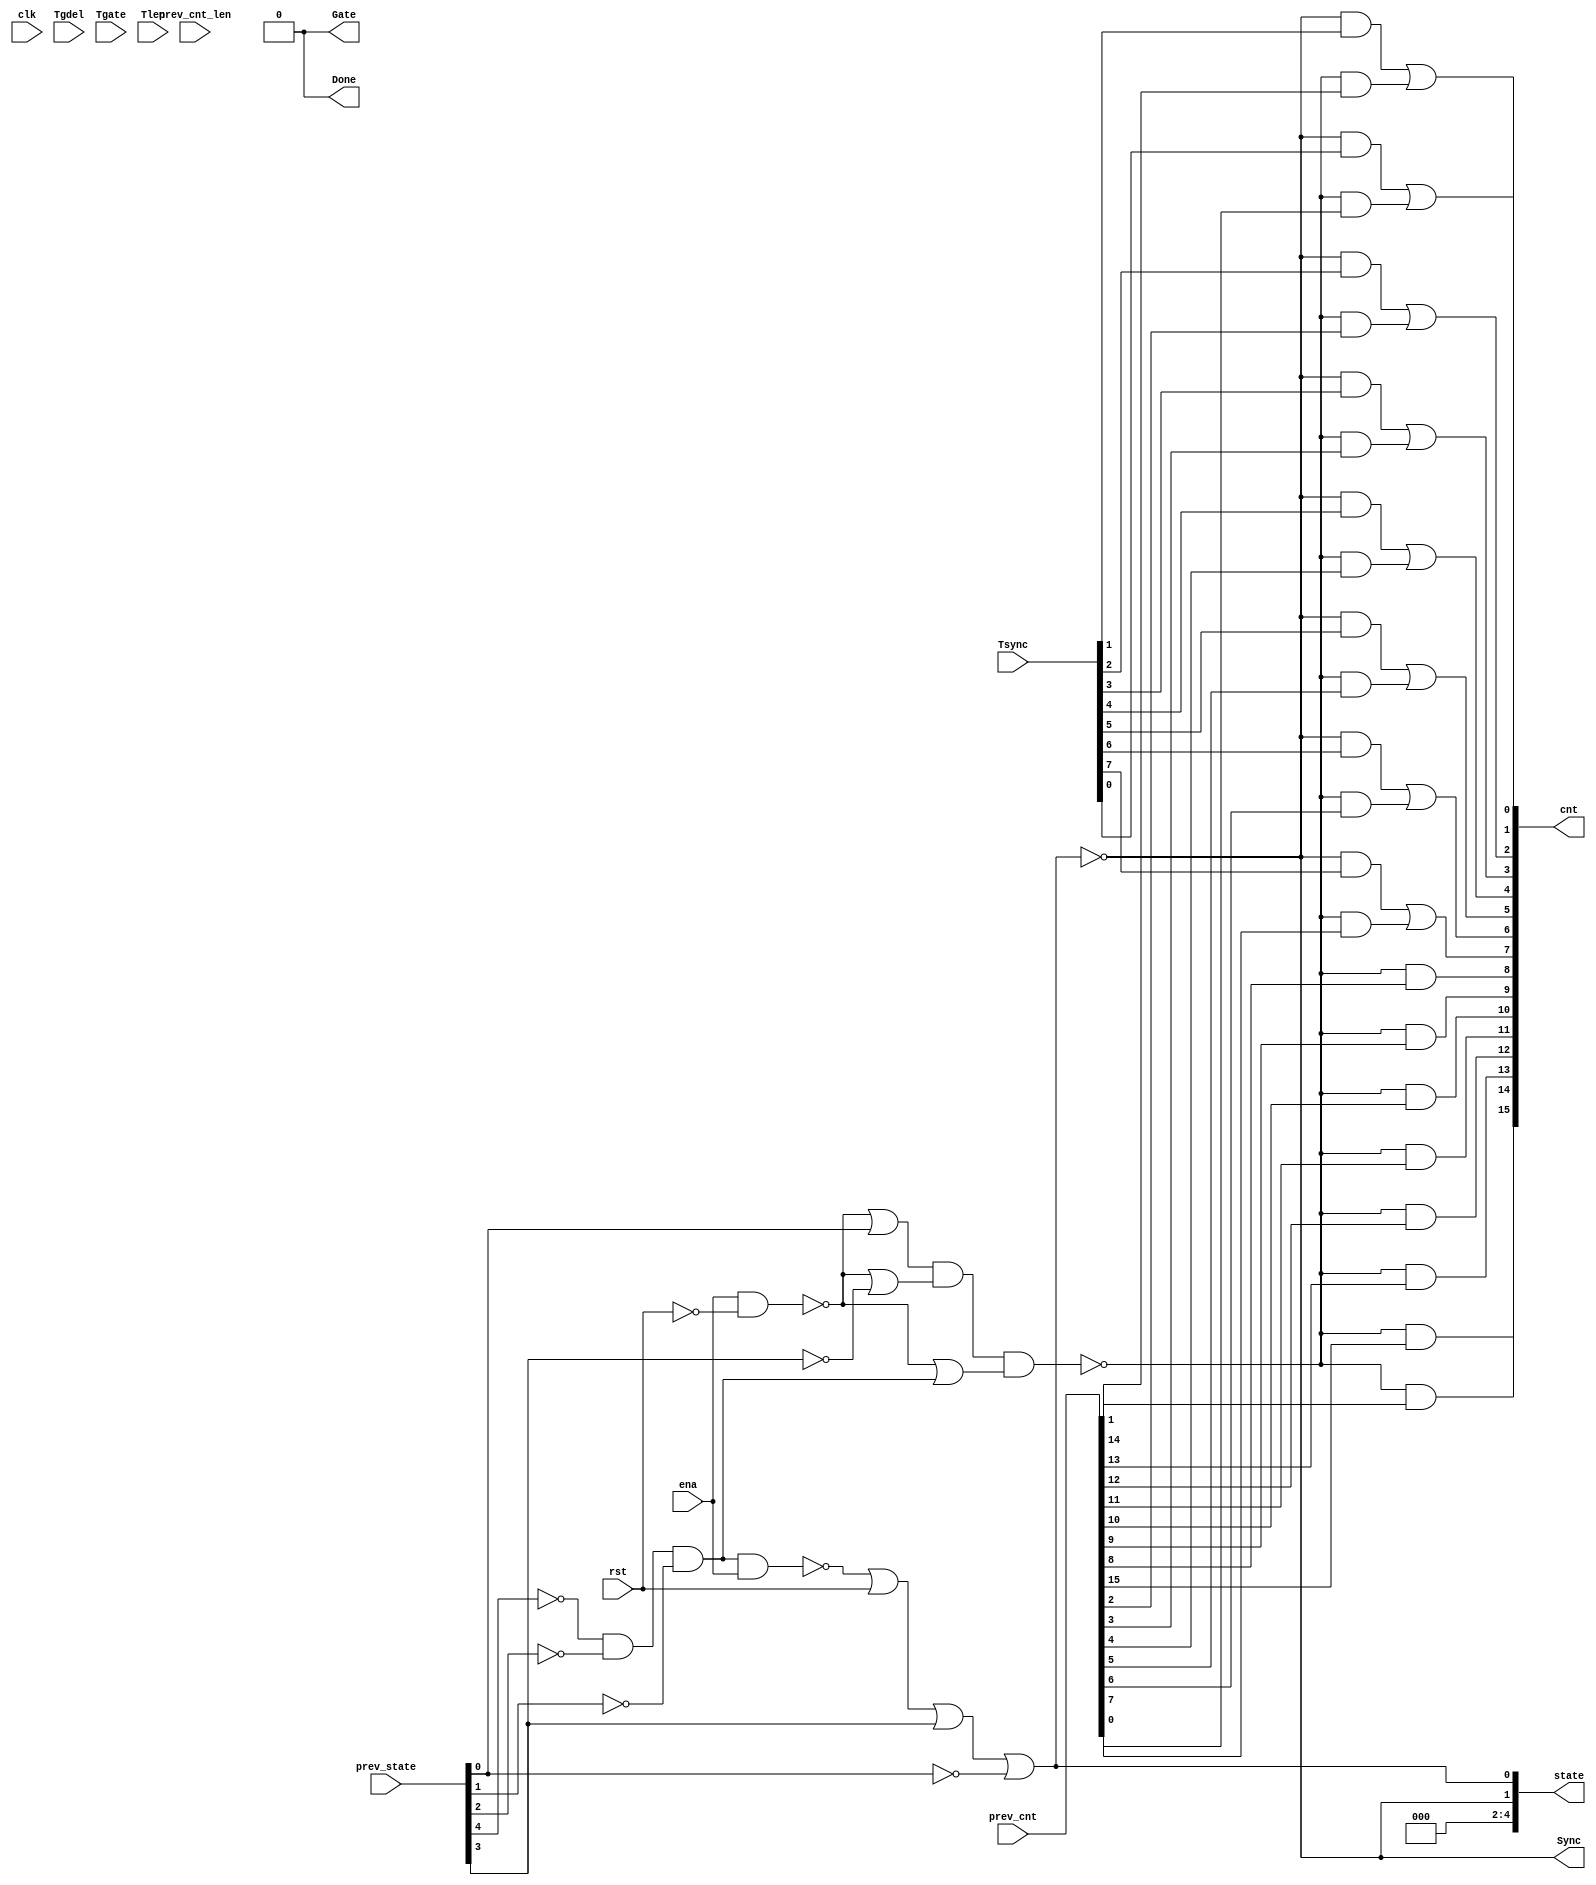
//
// Conformal-LEC: Version 11.10-d208 (10-Mar-2012) (64 bit executable)
//
module top(clk, ena, rst, Tsync, Tgdel, Tgate, Tlen, Sync, Gate, Done, 
    prev_state, prev_cnt, prev_cnt_len, cnt, state);
input  clk, ena, rst;
output Sync, Gate, Done;
input   [7:0] Tsync;
input   [7:0] Tgdel;
input   [15:0] Tgate;
input   [15:0] Tlen;
input   [4:0] prev_state;
input   [15:0] prev_cnt;
input   [15:0] prev_cnt_len;
output  [15:0] cnt;
output  [4:0] state;
wire  \mux_cnt_125_11_g286/w_0 , \mux_cnt_125_11_g286/w_1 , 
    \mux_cnt_125_11_g286/w_2 , \mux_cnt_125_11_g283/w_0 , 
    \mux_cnt_125_11_g283/w_1 , \mux_cnt_125_11_g283/w_2 , 
    \mux_cnt_125_11_g280/w_0 , \mux_cnt_125_11_g280/w_1 , 
    \mux_cnt_125_11_g280/w_2 , \mux_cnt_125_11_g277/w_0 , 
    \mux_cnt_125_11_g277/w_1 , \mux_cnt_125_11_g277/w_2 , 
    \mux_cnt_125_11_g274/w_0 , \mux_cnt_125_11_g274/w_1 , 
    \mux_cnt_125_11_g274/w_2 , \mux_cnt_125_11_g268/w_0 , 
    \mux_cnt_125_11_g268/w_1 , \mux_cnt_125_11_g268/w_2 , 
    \mux_cnt_125_11_g244/w_0 , \mux_cnt_125_11_g244/w_1 , 
    \mux_cnt_125_11_g244/w_2 , \mux_cnt_125_11_g241/w_0 , 
    \mux_cnt_125_11_g241/w_1 , \mux_cnt_125_11_g241/w_2 , n_470, n_469, n_468, 
    n_467, n_466, n_465, n_464, n_463, n_462, n_461, n_460, n_459, n_458, 
    n_454, n_336, n_335, n_38, Sync, rst, ena, clk;
wire  \mux_cnt_125_11_g286/data0 , \mux_cnt_125_11_g283/data0 , 
    \mux_cnt_125_11_g280/data0 , \mux_cnt_125_11_g277/data0 , 
    \mux_cnt_125_11_g274/data0 , \mux_cnt_125_11_g268/data0 , 
    \mux_cnt_125_11_g244/data0 , \mux_cnt_125_11_g241/data0 , Done, Gate;
wire   [4:0] state;
wire   [15:0] cnt;
wire   [4:0] prev_state;
wire   [15:0] prev_cnt_len;
wire   [15:0] prev_cnt;
wire   [15:0] Tlen;
wire   [15:0] Tgate;
wire   [7:0] Tgdel;
wire   [7:0] Tsync;
  assign \mux_cnt_125_11_g286/data0  = 1'b0;
  assign \mux_cnt_125_11_g283/data0  = 1'b0;
  assign \mux_cnt_125_11_g280/data0  = 1'b0;
  assign \mux_cnt_125_11_g277/data0  = 1'b0;
  assign \mux_cnt_125_11_g274/data0  = 1'b0;
  assign \mux_cnt_125_11_g268/data0  = 1'b0;
  assign \mux_cnt_125_11_g244/data0  = 1'b0;
  assign \mux_cnt_125_11_g241/data0  = 1'b0;
  assign state[4] = 1'b0;
  assign state[3] = 1'b0;
  assign state[2] = 1'b0;
  assign Done = 1'b0;
  assign Gate = 1'b0;
  or \mux_cnt_125_11_g286/org (cnt[2], \mux_cnt_125_11_g286/w_0 , 
    \mux_cnt_125_11_g286/w_1 , \mux_cnt_125_11_g286/w_2 );
  and \mux_cnt_125_11_g286/a_2 (\mux_cnt_125_11_g286/w_2 , n_336, prev_cnt[2]);
  and \mux_cnt_125_11_g286/a_1 (\mux_cnt_125_11_g286/w_1 , Sync, Tsync[2]);
  and \mux_cnt_125_11_g286/a_0 (\mux_cnt_125_11_g286/w_0 , n_335, 
    \mux_cnt_125_11_g286/data0 );
  or \mux_cnt_125_11_g283/org (cnt[3], \mux_cnt_125_11_g283/w_0 , 
    \mux_cnt_125_11_g283/w_1 , \mux_cnt_125_11_g283/w_2 );
  and \mux_cnt_125_11_g283/a_2 (\mux_cnt_125_11_g283/w_2 , n_336, prev_cnt[3]);
  and \mux_cnt_125_11_g283/a_1 (\mux_cnt_125_11_g283/w_1 , Sync, Tsync[3]);
  and \mux_cnt_125_11_g283/a_0 (\mux_cnt_125_11_g283/w_0 , n_335, 
    \mux_cnt_125_11_g283/data0 );
  or \mux_cnt_125_11_g280/org (cnt[4], \mux_cnt_125_11_g280/w_0 , 
    \mux_cnt_125_11_g280/w_1 , \mux_cnt_125_11_g280/w_2 );
  and \mux_cnt_125_11_g280/a_2 (\mux_cnt_125_11_g280/w_2 , n_336, prev_cnt[4]);
  and \mux_cnt_125_11_g280/a_1 (\mux_cnt_125_11_g280/w_1 , Sync, Tsync[4]);
  and \mux_cnt_125_11_g280/a_0 (\mux_cnt_125_11_g280/w_0 , n_335, 
    \mux_cnt_125_11_g280/data0 );
  or \mux_cnt_125_11_g277/org (cnt[5], \mux_cnt_125_11_g277/w_0 , 
    \mux_cnt_125_11_g277/w_1 , \mux_cnt_125_11_g277/w_2 );
  and \mux_cnt_125_11_g277/a_2 (\mux_cnt_125_11_g277/w_2 , n_336, prev_cnt[5]);
  and \mux_cnt_125_11_g277/a_1 (\mux_cnt_125_11_g277/w_1 , Sync, Tsync[5]);
  and \mux_cnt_125_11_g277/a_0 (\mux_cnt_125_11_g277/w_0 , n_335, 
    \mux_cnt_125_11_g277/data0 );
  or \mux_cnt_125_11_g274/org (cnt[6], \mux_cnt_125_11_g274/w_0 , 
    \mux_cnt_125_11_g274/w_1 , \mux_cnt_125_11_g274/w_2 );
  and \mux_cnt_125_11_g274/a_2 (\mux_cnt_125_11_g274/w_2 , n_336, prev_cnt[6]);
  and \mux_cnt_125_11_g274/a_1 (\mux_cnt_125_11_g274/w_1 , Sync, Tsync[6]);
  and \mux_cnt_125_11_g274/a_0 (\mux_cnt_125_11_g274/w_0 , n_335, 
    \mux_cnt_125_11_g274/data0 );
  or \mux_cnt_125_11_g268/org (cnt[7], \mux_cnt_125_11_g268/w_0 , 
    \mux_cnt_125_11_g268/w_1 , \mux_cnt_125_11_g268/w_2 );
  and \mux_cnt_125_11_g268/a_2 (\mux_cnt_125_11_g268/w_2 , n_336, prev_cnt[7]);
  and \mux_cnt_125_11_g268/a_1 (\mux_cnt_125_11_g268/w_1 , Sync, Tsync[7]);
  and \mux_cnt_125_11_g268/a_0 (\mux_cnt_125_11_g268/w_0 , n_335, 
    \mux_cnt_125_11_g268/data0 );
  or \mux_cnt_125_11_g244/org (cnt[0], \mux_cnt_125_11_g244/w_0 , 
    \mux_cnt_125_11_g244/w_1 , \mux_cnt_125_11_g244/w_2 );
  and \mux_cnt_125_11_g244/a_2 (\mux_cnt_125_11_g244/w_2 , n_336, prev_cnt[0]);
  and \mux_cnt_125_11_g244/a_1 (\mux_cnt_125_11_g244/w_1 , Sync, Tsync[0]);
  and \mux_cnt_125_11_g244/a_0 (\mux_cnt_125_11_g244/w_0 , n_335, 
    \mux_cnt_125_11_g244/data0 );
  or \mux_cnt_125_11_g241/org (cnt[1], \mux_cnt_125_11_g241/w_0 , 
    \mux_cnt_125_11_g241/w_1 , \mux_cnt_125_11_g241/w_2 );
  and \mux_cnt_125_11_g241/a_2 (\mux_cnt_125_11_g241/w_2 , n_336, prev_cnt[1]);
  and \mux_cnt_125_11_g241/a_1 (\mux_cnt_125_11_g241/w_1 , Sync, Tsync[1]);
  and \mux_cnt_125_11_g241/a_0 (\mux_cnt_125_11_g241/w_0 , n_335, 
    \mux_cnt_125_11_g241/data0 );
  assign state[1] = Sync;
  not g10(state[0], Sync);
  nor g35(n_38, n_335, prev_state[0]);
  not g324(n_458, prev_state[0]);
  not g325(n_459, rst);
  not g326(n_460, prev_state[1]);
  not g327(n_461, prev_state[2]);
  not g328(n_462, prev_state[4]);
  not g329(n_463, prev_state[3]);
  nand g330(n_454, n_462, n_461, n_460);
  not g331(n_464, n_454);
  nand g332(n_465, n_464, ena);
  nor g333(Sync, n_465, rst, prev_state[3], n_458);
  nand g334(n_335, ena, n_459);
  not g335(n_466, n_38);
  nor g336(n_467, n_335, n_463);
  not g337(n_468, n_467);
  nor g338(n_469, n_335, n_464);
  not g339(n_470, n_469);
  nand g340(n_336, n_466, n_468, n_470);
  and g341(cnt[14], n_336, prev_cnt[14]);
  and g342(cnt[13], n_336, prev_cnt[13]);
  and g343(cnt[12], n_336, prev_cnt[12]);
  and g344(cnt[11], n_336, prev_cnt[11]);
  and g345(cnt[10], n_336, prev_cnt[10]);
  and g346(cnt[9], n_336, prev_cnt[9]);
  and g347(cnt[8], n_336, prev_cnt[8]);
  and g348(cnt[15], n_336, prev_cnt[15]);
endmodule